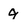
Character: 9